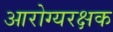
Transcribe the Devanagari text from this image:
आरोग्यरक्षक